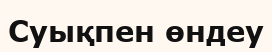
Суықпен өндеу